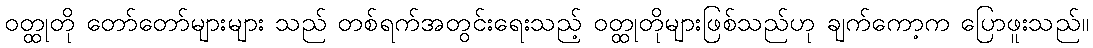
ဝတ္ထုတို တော်တော်များများ သည် တစ်ရက်အတွင်းရေးသည့် ဝတ္ထုတိုများဖြစ်သည်ဟု ချက်ကော့က ပြောဖူးသည်။